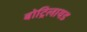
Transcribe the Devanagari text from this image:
बोट्रिलायड